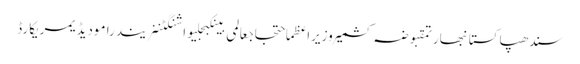
سندھپاکستانبھارتمقبوضہ کشمیروزیراعظماحتجاجعالمی بینکبجلیواشنگٹننریندرا مودیڈیمریکارڈ